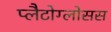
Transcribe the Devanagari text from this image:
प्लैटोग्लोसस